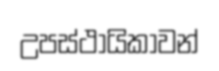
උපස්ථායිකාවන්